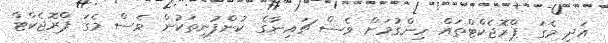
އަދި މެގަ ޕްރޮޖެކްޓްތައް ހިންގުމަށް ވެސް ޗައިނާގެ ކުންފުނިތަކުން ވެސް މެގަ ޕްރޮޖެކްޓް